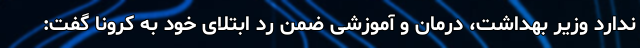
ندارد وزیر بهداشت، درمان و آموزشی ضمن رد ابتلای خود به کرونا گفت: